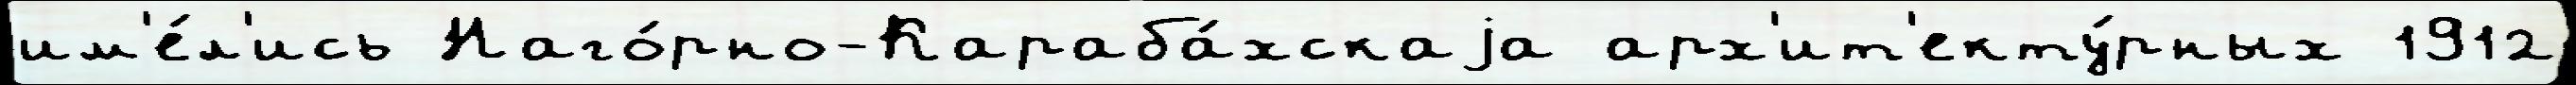
им'е́л'ись Наго́рно-Караба́хскаjа арх'ит'екту́рных 1912